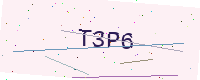
Text: T3P6